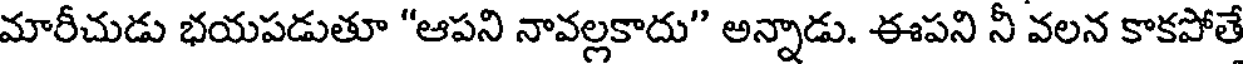
మారీచుడు భయపడుతూ "ఆపని నావల్లకాదు" అన్నాడు. ఈపని నీ వలన కాకపోతే